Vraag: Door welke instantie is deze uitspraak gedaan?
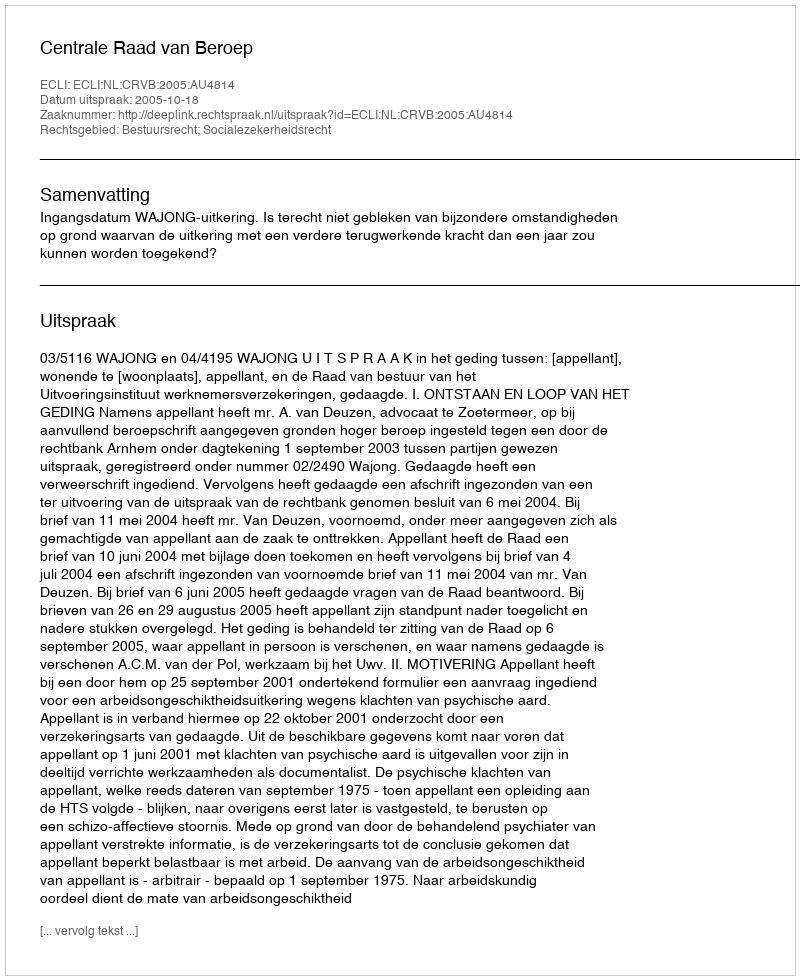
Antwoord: Centrale Raad van Beroep